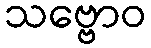
သဗ္ဗောဝ